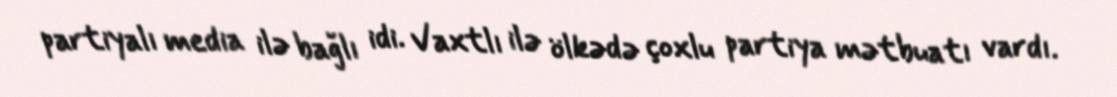
partiyalı media ilə bağlı idi. Vaxtlı ilə ölkədə çoxlu partiya mətbuatı vardı.